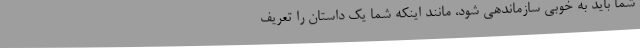
شما باید به خوبی سازماندهی شود، مانند اینکه شما یک داستان را تعریف